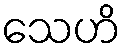
သေဟိ